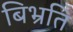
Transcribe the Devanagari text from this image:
बिभ्रति